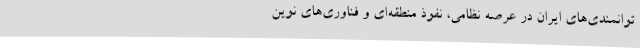
توانمندی‌های ایران در عرصه نظامی، نفوذ منطقه‌ای و فناوری‌های نوین